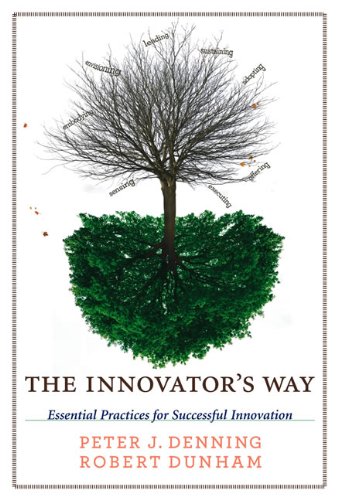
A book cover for The Innovator's Way: Essential Practices for Successful Innovation; Peter J. Denning; Business & Money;